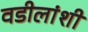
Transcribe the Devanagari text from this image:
वडीलांशी